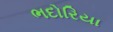
ભદોરિયા